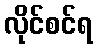
လိုင်စင်ရ